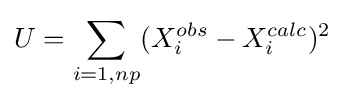
U=\sum _{i=1,np}(X_{i}^{obs}-X_{i}^{calc})^{2}